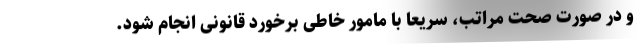
و در صورت صحت مراتب، سریعا با مامور خاطی برخورد قانونی انجام ‌شود.